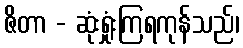
ဇိတာ - ဆုံးရှုံးကြရကုန်သည်၊